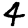
Digit: 4